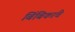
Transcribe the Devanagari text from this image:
बिंबिकांचे